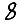
Digit: 8